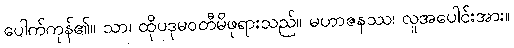
ပေါက်ကုန်၏။ သာ၊ ထိုပဒုမဝတီမိဖုရားသည်။ မဟာဇနဿ၊ လူအပေါင်းအား။